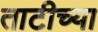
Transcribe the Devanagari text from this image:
ताटीच्या